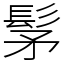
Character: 髳